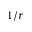
1 / r